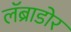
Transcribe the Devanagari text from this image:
लॅब्राडोर